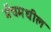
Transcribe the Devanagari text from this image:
मॅचमधील